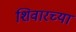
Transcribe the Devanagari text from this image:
शिवारच्या